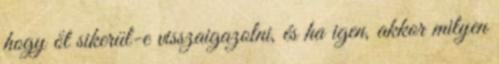
hogy őt sikerül-e visszaigazolni, és ha igen, akkor milyen